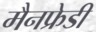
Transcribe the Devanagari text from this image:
मैनफ्रेडी